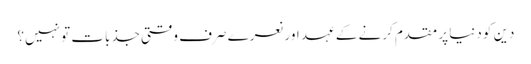
دین کو دنیا پر مقدم کرنے کے عہد اور نعرے صرف وقتی جذبات تو نہیں؟